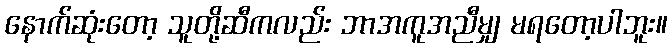
နောက်ဆုံးတော့ သူတို့ဆီကလည်း ဘာအကူအညီမျှ မရတော့ပါဘူး။